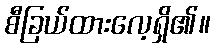
စီခြယ်ထားလေ့ရှိ၏။